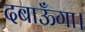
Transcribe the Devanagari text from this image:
दबाऊँगा।